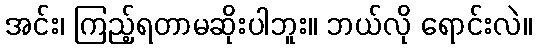
အင်း၊ ကြည့်ရတာမဆိုးပါဘူး။ ဘယ်လို ရောင်းလဲ။